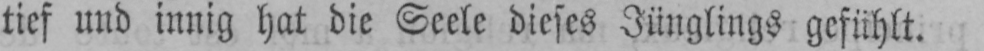
tief und innig hat die Seele dieses Jünglings gefühlt.